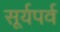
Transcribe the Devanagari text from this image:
सूर्यपर्व